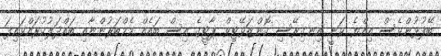
ބޭފުޅުންވެސް އިއްޔެ ވަނީ އިނގިރޭސި ކޮންޒަވޭޓިވް ޕާޓީގެ އިސް ބައެއް މެމްބަރުންނާއި ބައްދަލުކުރައްވައިފަ